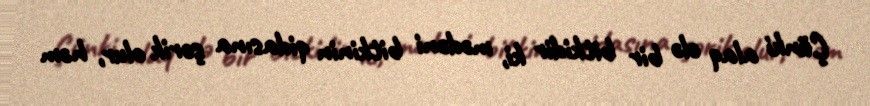
Çünki alaq elə bir bitkidir ki, mədəni bitkinin qidasına şərik olur, həm